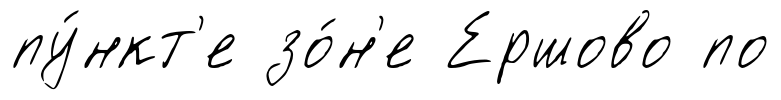
пу́нкт'е зо́н'е Ершово по